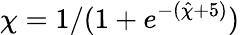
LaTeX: \chi=1/(1+e^{-(\hat{\chi}+5)})